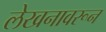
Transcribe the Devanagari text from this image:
लेखनावरून